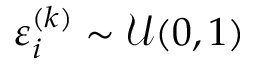
\varepsilon _ { i } ^ { ( k ) } \sim \mathcal { U } ( 0 , 1 )